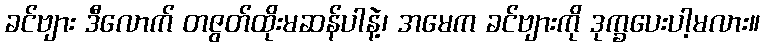
ခင်ဗျား ဒီလောက် တဇွတ်ထိုးမဆန်ပါနဲ့၊ အမေက ခင်ဗျားကို ဒုက္ခပေးပါ့မလား။